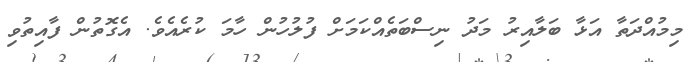
މިމުއްދަތާ އަޅާ ބަލާއިރު މަދު ނިސްބަތެއްކަމަށް ފުލުހުން ހާމަ ކުރެއެވެ. އެގޮތުން ފާއިތުވި